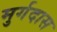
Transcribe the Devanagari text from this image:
मुर्गदास